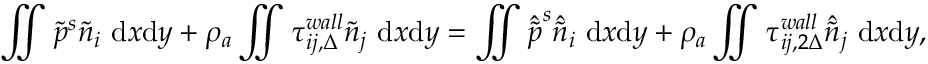
\iint \widetilde { p } ^ { s } \widetilde { n } _ { i } \ \mathrm { d } x \mathrm { d } y + \rho _ { a } \iint \tau _ { i j , \Delta } ^ { w a l l } \widetilde { n } _ { j } \ \mathrm { d } x \mathrm { d } y = \iint \hat { \widetilde { p } } ^ { s } \hat { \widetilde { n } } _ { i } \ \mathrm { d } x \mathrm { d } y + \rho _ { a } \iint \tau _ { i j , 2 \Delta } ^ { w a l l } \hat { \widetilde { n } } _ { j } \ \mathrm { d } x \mathrm { d } y ,